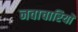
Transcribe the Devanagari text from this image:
नवाचारियों